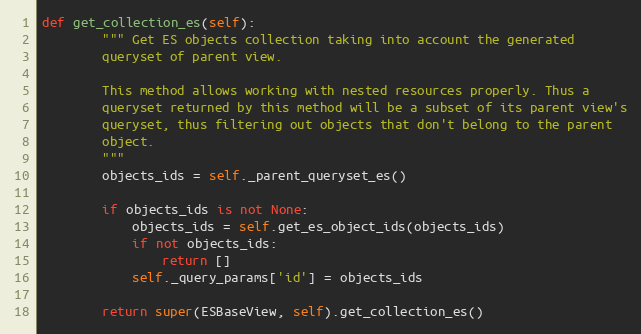
Language: Python
def get_collection_es(self):
        """ Get ES objects collection taking into account the generated
        queryset of parent view.

        This method allows working with nested resources properly. Thus a
        queryset returned by this method will be a subset of its parent view's
        queryset, thus filtering out objects that don't belong to the parent
        object.
        """
        objects_ids = self._parent_queryset_es()

        if objects_ids is not None:
            objects_ids = self.get_es_object_ids(objects_ids)
            if not objects_ids:
                return []
            self._query_params['id'] = objects_ids

        return super(ESBaseView, self).get_collection_es()